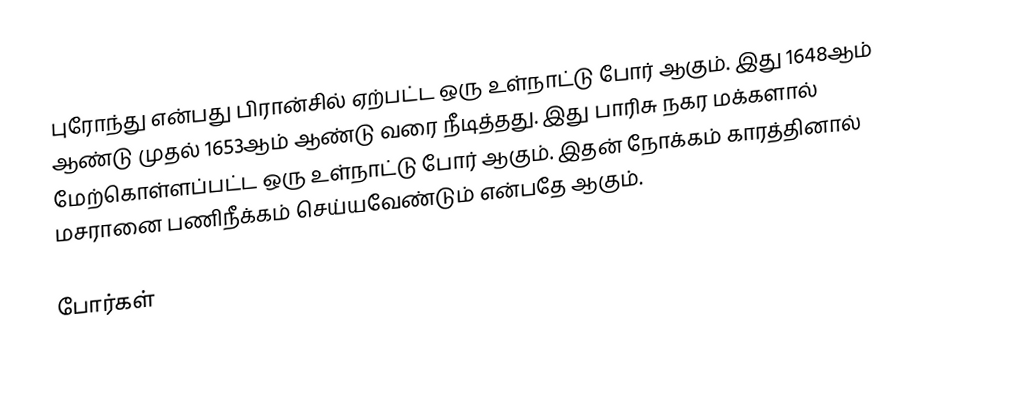
புரோந்து என்பது பிரான்சில் ஏற்பட்ட ஒரு உள்நாட்டு போர் ஆகும். இது 1648ஆம் ஆண்டு முதல் 1653ஆம் ஆண்டு வரை நீடித்தது. இது பாரிசு நகர மக்களால் மேற்கொள்ளப்பட்ட ஒரு உள்நாட்டு போர் ஆகும். இதன் நோக்கம் காரத்தினால் மசரானை பணிநீக்கம் செய்யவேண்டும் என்பதே ஆகும்.

போர்கள்